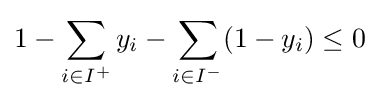
1-\sum _{i\in I^{+}}y_{i}-\sum _{i\in I^{-}}(1-y_{i})\leq 0